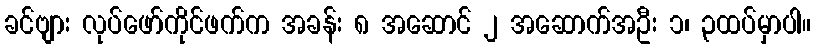
ခင်ဗျား လုပ်ဖော်ကိုင်ဖက်က အခန်း ၈ အဆောင် ၂ အဆောက်အဦး ၁၊ ၃ထပ်မှာပါ။